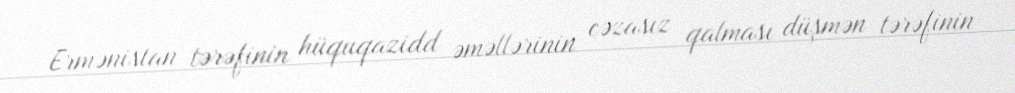
Ermənistan tərəfinin hüquqazidd əməllərinin cəzasız qalması düşmən tərəfinin